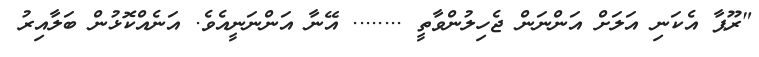
"ރޫޕާ އެކަނި އަލަށް އަންނަން ޖެހިލުންވާތީ ........ އޭނާ އަންނަނީއެވެ. އަނެއްކޮޅުން ބަލާއިރު